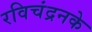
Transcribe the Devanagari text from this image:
रविचंद्रनके